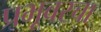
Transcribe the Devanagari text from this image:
प्रभूवरचा